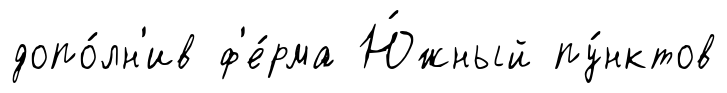
допо́лн'ив ф'е́рма Ю́жный пу́нктов